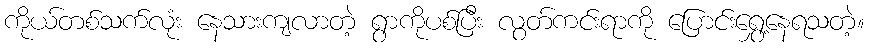
ကိုယ်တစ်သက်လုံး နေသားကျလာတဲ့ ရွာကိုပစ်ပြီး လွတ်ကင်းရာကို ပြောင်းရွှေ့နေရသတဲ့။